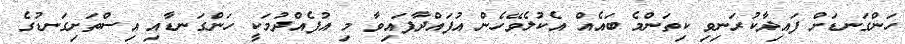
ހަންގަނޑަށް ފައިދާކުރަނިވި ކިތަންމެ ބައެއް އެކުލެވޭހެން އުފައްދާފައިވާ މި އުފެއްދުމަކީ ހަންގަނޑާއި އިސްތަށިގަނޑުގެ